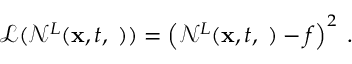
\mathcal { L } ( \mathcal { N } ^ { L } ( { \bf x } , t , { \bf \phi } ) ) = \left( \mathcal { N } ^ { L } ( { \bf x } , t , { \bf \phi } ) - f \right) ^ { 2 } \; .